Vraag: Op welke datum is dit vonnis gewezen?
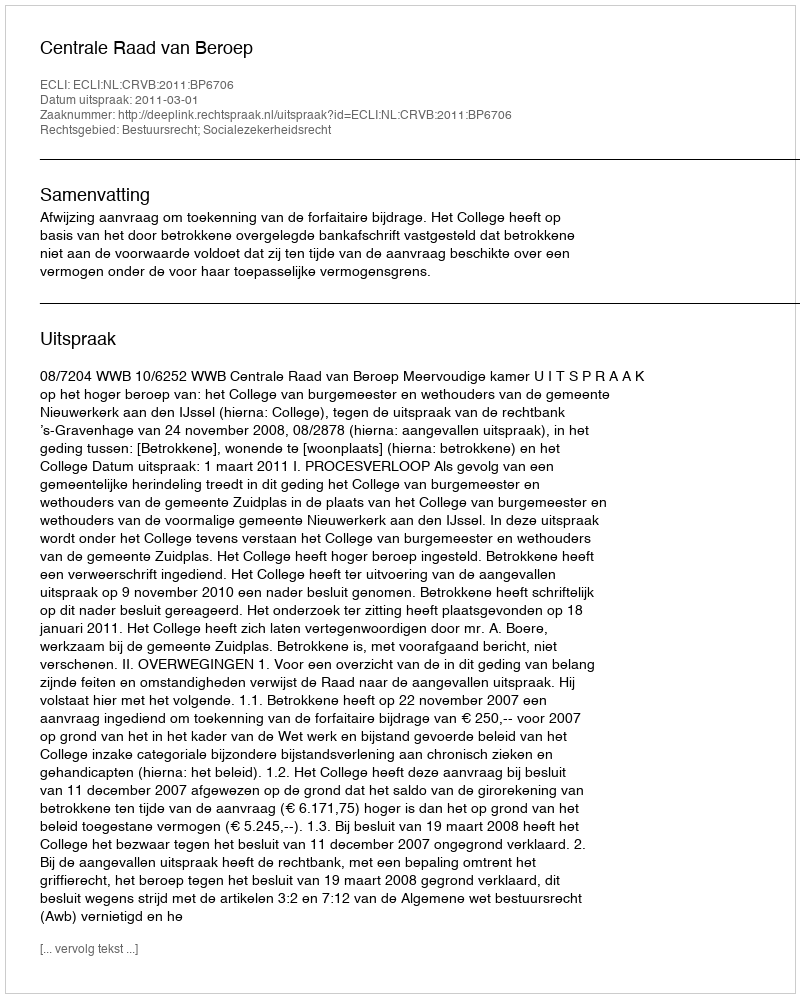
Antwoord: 2011-03-01